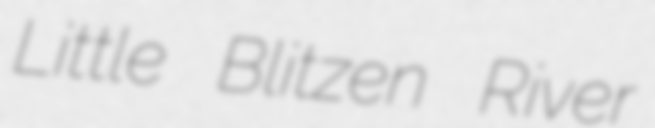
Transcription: Little Blitzen River